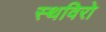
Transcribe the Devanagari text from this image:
स्थविरो